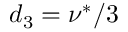
d _ { 3 } = \nu ^ { * } / 3